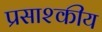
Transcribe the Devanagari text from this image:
प्रसाश्कीय